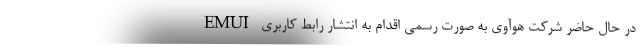
در حال حاضر شرکت هوآوی به صورت رسمی اقدام به انتشار رابط کاربری EMUI